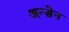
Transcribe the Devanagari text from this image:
अन्सेन